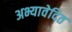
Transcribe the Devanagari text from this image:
अभ्यावेदित